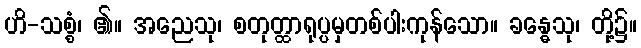
ဟိ-သစ္စံ၊ ၏။ အညေသု၊ စတုတ္ထာရုပ္ပမှတစ်ပါးကုန်သော။ ခန္ဓေသု၊ တို့၌။